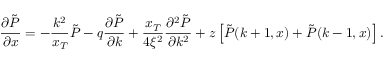
\frac { \partial \tilde { P } } { \partial x } = - \frac { k ^ { 2 } } { x _ { T } } \tilde { P } - q \frac { \partial \tilde { P } } { \partial k } + \frac { x _ { T } } { 4 \xi ^ { 2 } } \frac { \partial ^ { 2 } \tilde { P } } { \partial k ^ { 2 } } + z \left[ \tilde { P } ( k + 1 , x ) + \tilde { P } ( k - 1 , x ) \right] .